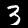
Label: 3